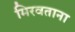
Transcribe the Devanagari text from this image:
मिरवताना